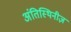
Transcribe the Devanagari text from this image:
अंतिस्थिनीज़